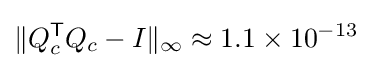
\|Q_{c}^{\mathsf {T}}Q_{c}-I\|_{\infty }\approx 1.1\times 10^{-13}